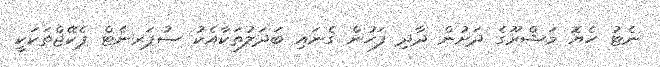
ނެޓު ހެޔޮ މަޝްރޫގެ ދަށުން ދާދި ފަހުން ގެނައި ބަދަލުތަކާއެކު ސުޕަރނެޓް ޕެކޭޖްތަކަކީ